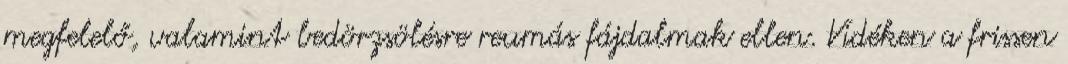
megfelelő, valamint bedörzsölésre reumás fájdalmak ellen. Vidéken a frissen